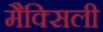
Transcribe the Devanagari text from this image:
मैक्सिली